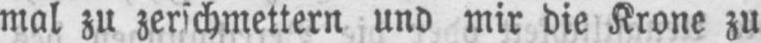
mal zu zerschmettern und mir die Krone zu